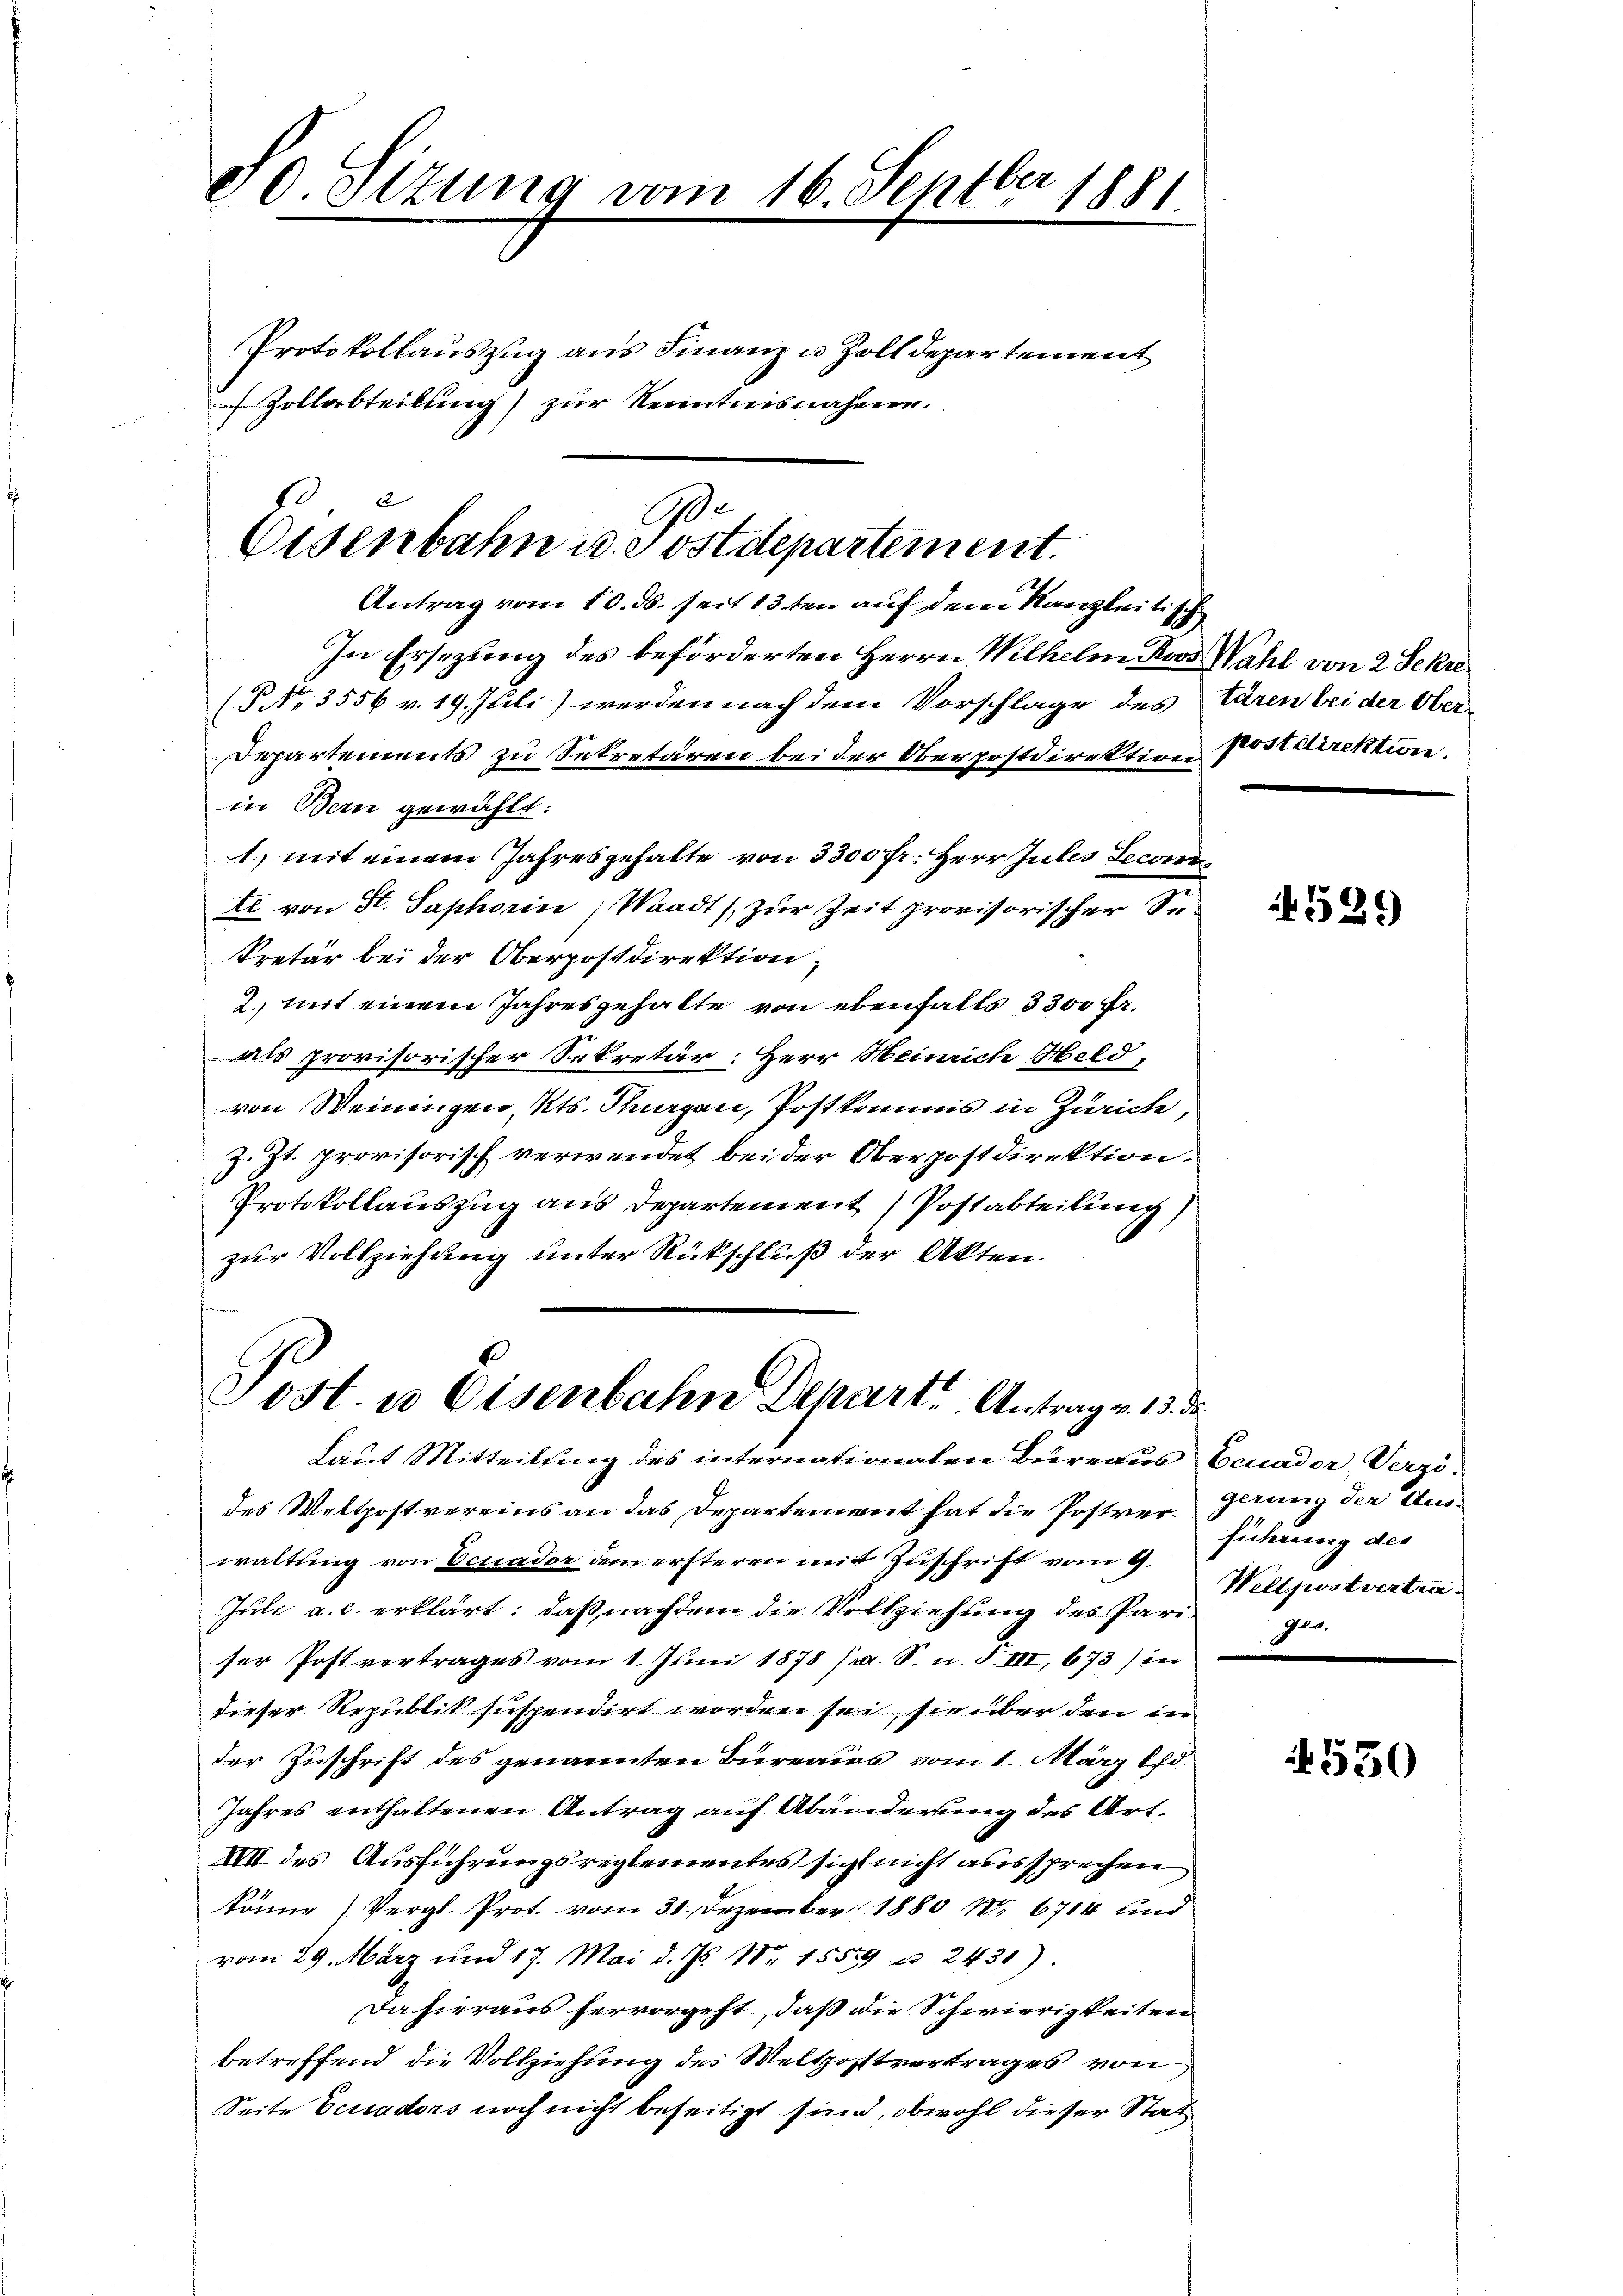
00. Situng vom 16. Septber 1881.

Protokollauszug aus Finanz u. Zolldepartement
Zollabteilung) zur Kenntnisnahmen.

2
A
Osenbahn u. e ostdepartement.

Antrag vom 10. ds. seit 13ten auf dem Kanzleitisch
In Ersezung des beförderten Herrn Wilhelm Roos Wahl von 2 Sekre¬
(P No 3556 v. 19. Juli) werden nach dem Vorschlage des taren bei der Ober
Departements zu Sekretären bei der Oberpostdirektion Postdirektion,
in Bern gewählt:
1) mit einem Jahresgehalte von 3300 fr. Herr Jules Leconn
te von St. Saphorin (Waadt) zur Zeit provisorischer Seekretär bei der Oberpostdirektion,
2. mit einem Jahresgehalte von ebenfalls 3 300 Fr.
als provisorischer Sekretär: Herr Heinrich Held,
von Weiningen, Kts. Thurgau, Postkommis in Zürich,
z. Zt. provisorisch verwendet bei der Oberpostdirektion.
Protokollauszug aus Departement Postabteilung
zur Vollziehung unter Rückschluß der Akten.

Tost. u Eisenbahn Schart Antrag v. 13.
Laut Mitteilung des internationaten Büreaus Ecuador Verzö¬

des Wettpostvereins an das Departement hat die Postverwaltung von Ecuador dem ersteren mit Zuschrift vom 9.
Juli a. c. erklärt: daß nachdem die Vollziehung des Pariser Postvertrages vom 1. Jŭni 1878 (s. S. n. F. III, 673) in
dieser Republik suspendirt worden sei, sie über den in
der Zuschrift des genannten Bureaus vom 1. März lfd.
Jahres enthaltenen Antrag auf Abänderung des Art.
XVII. des Ausführungsreglementes sich nicht aussprechen
könne (Vergl. Prot. vom 31. Dezember 1880 No 6714 und
vom 29. März und 17. Mai d. Js. Nr. 1559 u. 2431).
Da hieraus hervorgeht, daß die Schwierigkeiten
betreffend die Vollziehung des Weltpostvertrages von
Seite Ecuadors noch nicht beseitigt sind, obwohl dieser Stat

529

gerung der Aus-
führung des
Weltpostvertra
ger.

4550